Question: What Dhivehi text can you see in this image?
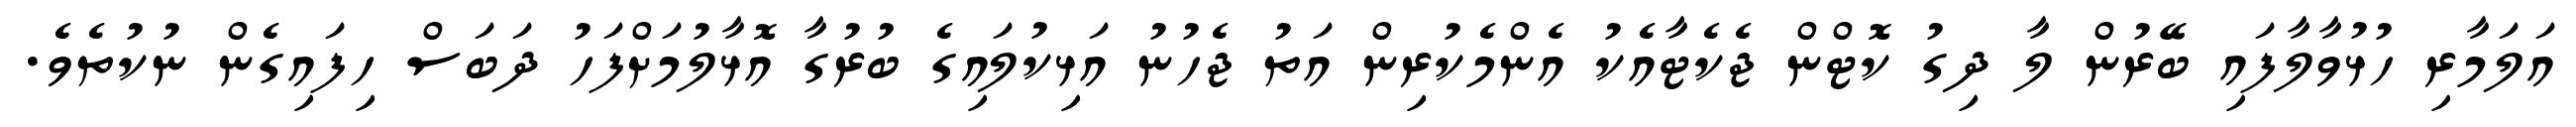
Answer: އަލަމާރި ހުޅުވާލާފައި ބޭރުން ލާ ދިގު ކޮޓްން ޖެކެޓާއެކު އެންމެކުރިން އަތު ޖެހުނު އަޅިކުލައިގެ ބުރުގާ އޮޅާލުމަށްފަހު ދަބަސް ހިފައިގެން ނުކުތެވެ.